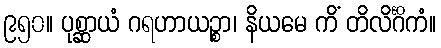
၉၅၀။ ပုစ္ဆာယံ ဂရဟာယဉ္စာ၊ နိယမေ ကိံ တိလိင်္ဂိကံ။